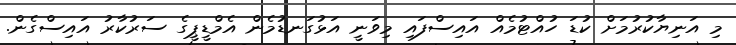
މި އަނިޔާކުރުމަށް ކުޑަ ހުއްޓުމެއް އައިސްފައި މިވަނީ އަޅުގަނޑުމެން އެމްޑީޕީގެ ސަރުކާރު އައިސްގެން.